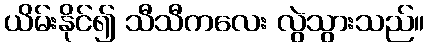
ယိမ်းနိုင်၍ သီသီကလေး လွဲသွားသည်။